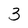
Character: 3